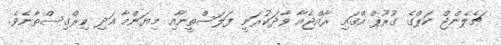
ޗެލެންޖް ކަޕްގެ ގުރޫޕް އޭގައި ރާއްޖެއާ ވާދަކުރަނީ ފަލަސްތީނާއި މިޔަންމާ އަދި ކިރްގިސްތާނެވެ.